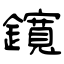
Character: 鑧